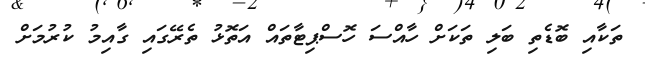
ތަކާއި ބޮޑެތި ބަލި ތަކަށް ހާއްސަ ހޮސްޕިޓާތައް އަތޮޅު ތެރޭގައި ގާއިމު ކުރުމަށް